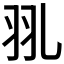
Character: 𦏳